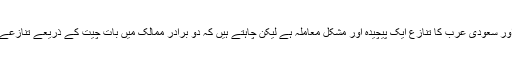
انہوں نے کہا کہ ایران اور سعودی عرب کا تنازع ایک پیچیدہ اور مشکل معاملہ ہے لیکن چاہتے ہیں کہ دو برادر ممالک میں بات چیت کے ذریعے تنازعے کا حل تلاش کیا جائے۔